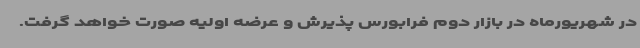
در شهریورماه در بازار دوم فرابورس پذیرش و عرضه اولیه صورت خواهد گرفت.